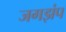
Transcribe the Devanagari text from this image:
जगझंप